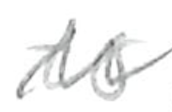
Text: to
Cross-out: zig-zag
Writing tool: pencil